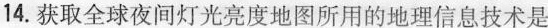
14.获取全球夜间灯光亮度地图所用的地理信息技术是